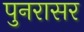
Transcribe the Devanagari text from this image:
पुनरासर